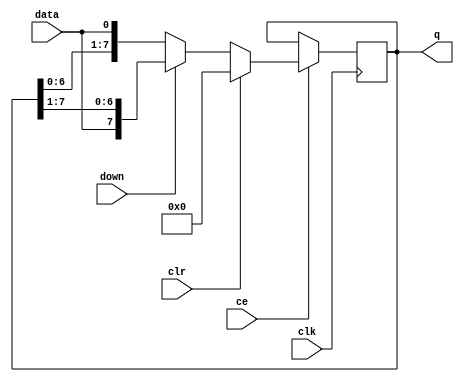
module shift_register(clk, data, ce, down, clr, q);

// Parameter for width and delay generalization
parameter length=8;

// Assigning ports as in/out
input clk, clr, ce, down;
input data;

// Instantiate the register train
output reg [length-1 : 0] q;

initial q = {length{1'b0}};

// The Shifting part:
always @(posedge clk)
begin
	if (ce)
	begin
		if (down)
			q = {data, q[length-1 : 1]};
		else
			q = {q[length-2 : 0], data};
		if (clr)
			q = {length{1'b0}};
	end
end

endmodule